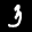
Label: 3